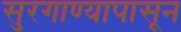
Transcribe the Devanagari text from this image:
सुरगाण्यापासून